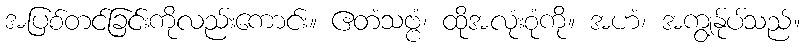
အပြစ်တင်ခြင်းကိုလည်းကောင်း။ ဧတံသဗ္ဗံ၊ ထိုအလုံးစုံကို။ အဟံ၊ အကျွန်ုပ်သည်။